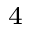
^ { 4 }